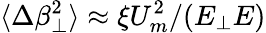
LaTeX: \langle\Delta\beta_{\perp}^{2}\rangle\approx\xi U_{m}^{2}/(E_{\perp}E)